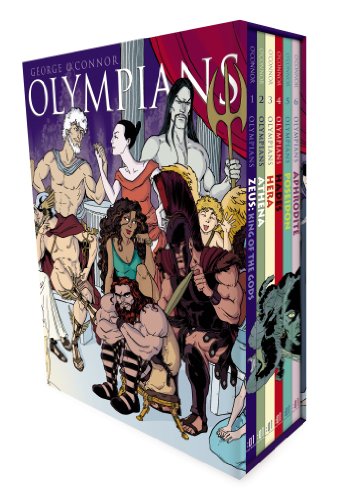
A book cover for Olympians Boxed Set; George O'Connor; Children's Books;